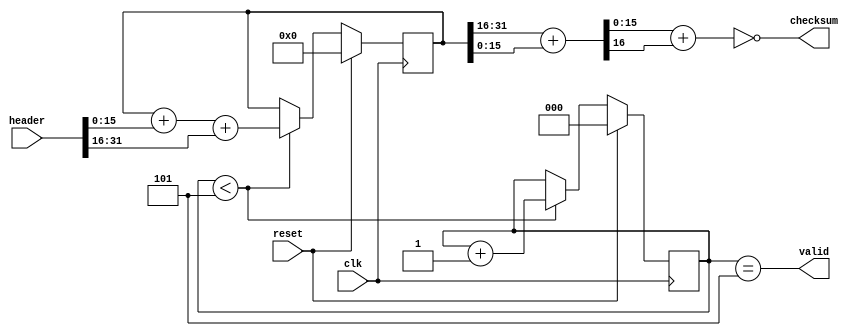
// This program was cloned from: https://github.com/alknvl/axis_udp
// License: MIT License

`timescale 1ns / 1ps
//////////////////////////////////////////////////////////////////////////////////
// IPv4 header checksum accumulator (RFC 1071)
//////////////////////////////////////////////////////////////////////////////////
module ip_header_checksum(
   input           clk,           
   output[15:0]    checksum,       
   input [31:0]    header,         
   output          valid,          
   input           reset           
   );

   reg [31:0] checksum_int;        
   reg [2:0] header_count;        

always @(posedge clk)
   if (reset) begin                
      checksum_int <= 0;
      header_count <= 0;
   end
   else
      if (header_count < 5)      
      begin
         header_count <= header_count + 1'b1;                            
         checksum_int <= checksum_int + header[15:0] + header[31:16];    
      end

   wire [16:0]  summ = checksum_int[31:16] + checksum_int[15:0];
   assign checksum = ~(summ[15:0] + summ[16]);

   assign valid = (header_count==5);                                      

endmodule